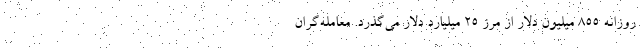
روزانه ۸۵۵ میلیون دلار از مرز ۲۵ میلیارد دلار می‌گذرد. معامله‌گران